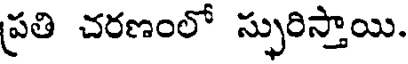
ప్రతి చరణంలో స్ఫురిస్తాయి.